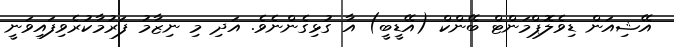
އޭޝިއަން ޑިވެލޮޕްމަންޓް ބޭންކް (އޭޑީބީ) އާ ގުޅިގެންނެވެ. އަދި މި ނިޒާމު ފަރުމާކުރެވިފައިވަނީ